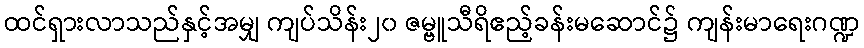
ထင်ရှားလာသည်နှင့်အမျှ ကျပ်သိန်း၂၀ ဇမ္ဗူသီရိဧည့်ခန်းမဆောင်၌ ကျန်းမာရေးဂဏ္ဍ